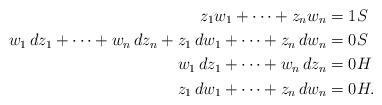
LaTeX: \begin{align*}z_1w_1+\cdots+z_n w_n&= 1 S\\w_1\,dz_1+\cdots +w_n\,dz_n+z_1\,dw_1+\cdots+z_n\,dw_n &= 0S\\w_1\,dz_1+\cdots +w_n\,dz_n &= 0 H\\z_1\,dw_1+\cdots+z_n\,dw_n &= 0 H.\end{align*}